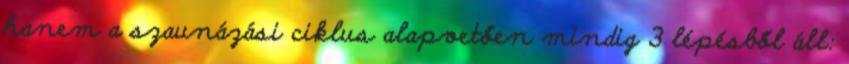
hanem a szaunázási ciklus alapvetően mindig 3 lépésből áll: